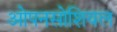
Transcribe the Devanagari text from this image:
ओपनसोशियल